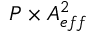
P \times A _ { e f f } ^ { 2 }